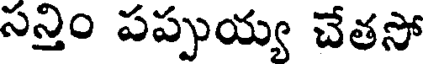
సన్తిం పప్పుయ్య చేతసో